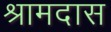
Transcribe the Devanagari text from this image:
श्रामदास